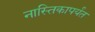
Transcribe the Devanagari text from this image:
नास्तिकापर्यंत